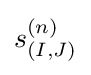
s_{(I,J)}^{(n)}